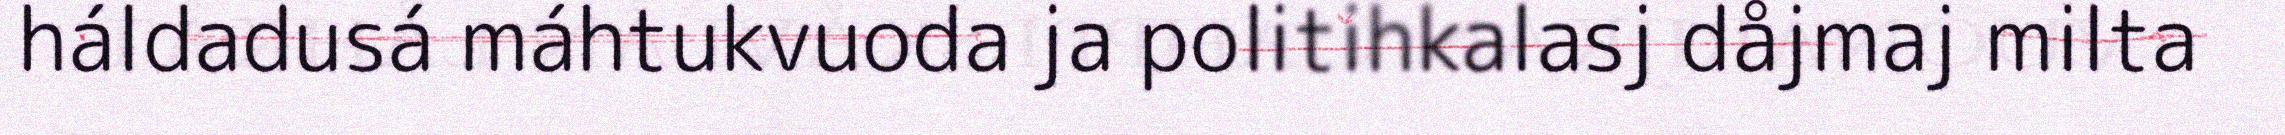
háldadusá máhtukvuoda ja politihkalasj dåjmaj milta